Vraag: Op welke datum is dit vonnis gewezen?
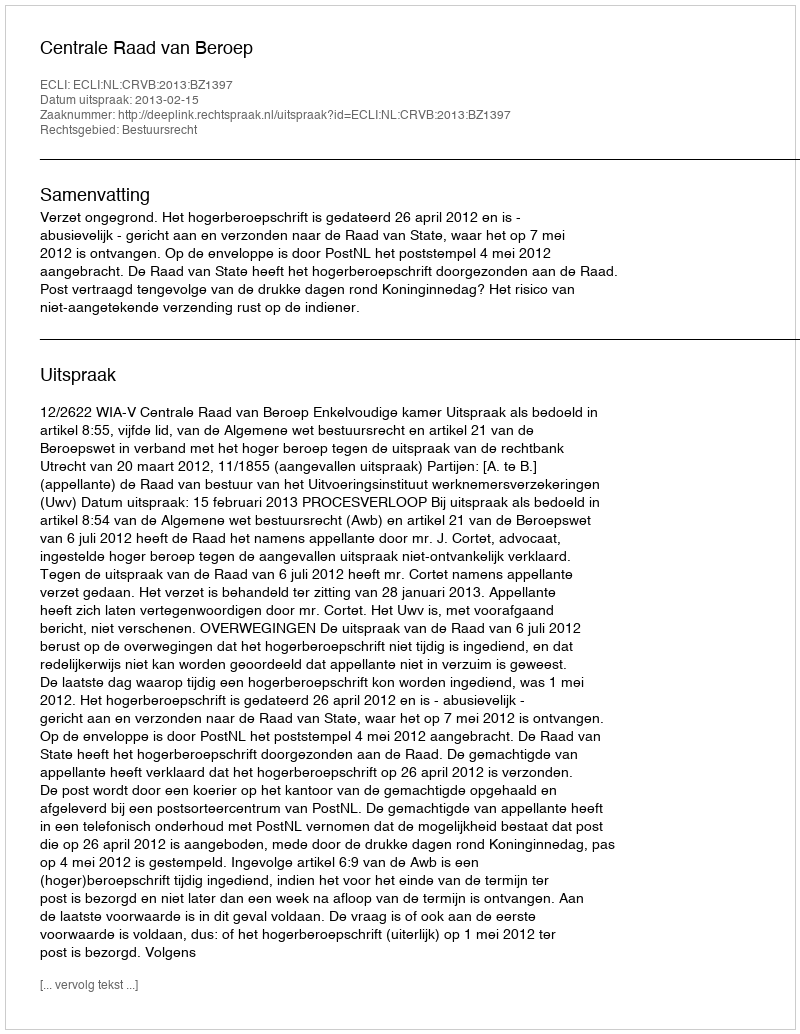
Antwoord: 2013-02-15